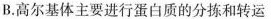
B.高尔基体主要进行蛋白质的分拣和转运